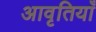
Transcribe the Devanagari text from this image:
अावृतियाँ